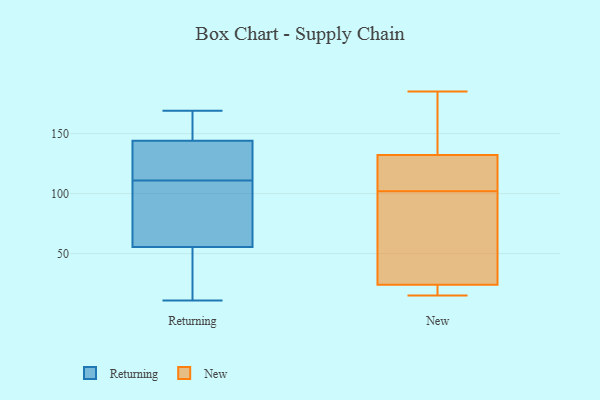
{"axis": {"x": "Latency (ms)", "y": "Value"}, "legend": ["New", "Returning"], "data": [{"x": "", "y": 46, "type": "Returning"}, {"x": "", "y": 119, "type": "Returning"}, {"x": "", "y": 161, "type": "Returning"}, {"x": "", "y": 157, "type": "Returning"}, {"x": "", "y": 167, "type": "Returning"}, {"x": "", "y": 108, "type": "Returning"}, {"x": "", "y": 40, "type": "Returning"}, {"x": "", "y": 169, "type": "Returning"}, {"x": "", "y": 34, "type": "Returning"}, {"x": "", "y": 105, "type": "Returning"}, {"x": "", "y": 65, "type": "Returning"}, {"x": "", "y": 80, "type": "Returning"}, {"x": "", "y": 114, "type": "Returning"}, {"x": "", "y": 36, "type": "Returning"}, {"x": "", "y": 122, "type": "Returning"}, {"x": "", "y": 131, "type": "Returning"}, {"x": "", "y": 11, "type": "Returning"}, {"x": "", "y": 166, "type": "Returning"}, {"x": "", "y": 128, "type": "Returning"}, {"x": "", "y": 102, "type": "Returning"}, {"x": "", "y": 93, "type": "New"}, {"x": "", "y": 118, "type": "New"}, {"x": "", "y": 15, "type": "New"}, {"x": "", "y": 20, "type": "New"}, {"x": "", "y": 102, "type": "New"}, {"x": "", "y": 169, "type": "New"}, {"x": "", "y": 115, "type": "New"}, {"x": "", "y": 117, "type": "New"}, {"x": "", "y": 137, "type": "New"}, {"x": "", "y": 185, "type": "New"}, {"x": "", "y": 20, "type": "New"}, {"x": "", "y": 73, "type": "New"}, {"x": "", "y": 86, "type": "New"}, {"x": "", "y": 107, "type": "New"}, {"x": "", "y": 27, "type": "New"}, {"x": "", "y": 161, "type": "New"}, {"x": "", "y": 18, "type": "New"}, {"x": "", "y": 23, "type": "New"}, {"x": "", "y": 161, "type": "New"}]}